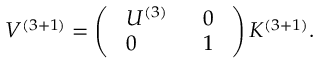
V ^ { \left( 3 + 1 \right) } = \left( \begin{array} { l l } { { \ U ^ { \left( 3 \right) } \ } } & { { \ 0 \ } } \\ { { \ 0 \ } } & { { \ 1 \ } } \end{array} \right) K ^ { \left( 3 + 1 \right) } .